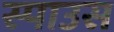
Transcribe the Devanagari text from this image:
स्पाउस